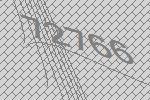
72766